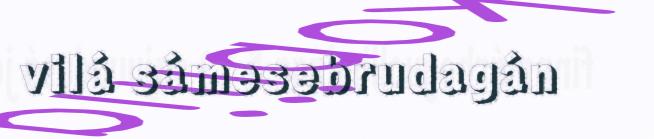
vilá sámesebrudagán